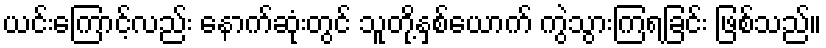
ယင်းကြောင့်လည်း နောက်ဆုံးတွင် သူတို့နှစ်ယောက် ကွဲသွားကြရခြင်း ဖြစ်သည်။